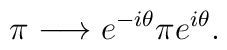
\pi\longrightarrow e^{-i\theta}\pi e^{i\theta}.